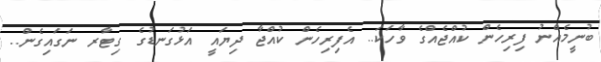
ބުނީމެއްނު ފިރިހެން ކުއްޖެއްގެ ވާހަކަ.. އެފިރިހެން ކުއްޖާ ދިޔައީ އަޅުގަނޑުގެ ގިޓާރ ނަގައިގެން..